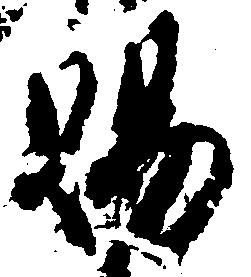
賜